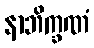
နာဘိက္ခဏံ